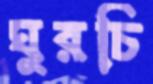
ঘুরচি